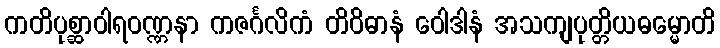
ကတိပုစ္ဆာဝါရဝဏ္ဏနာ ကဇင်္ဂလိကံ တိဝိဓာနံ ဝေါဒါနံ အသကျပုတ္တိယဓမ္မောတိ